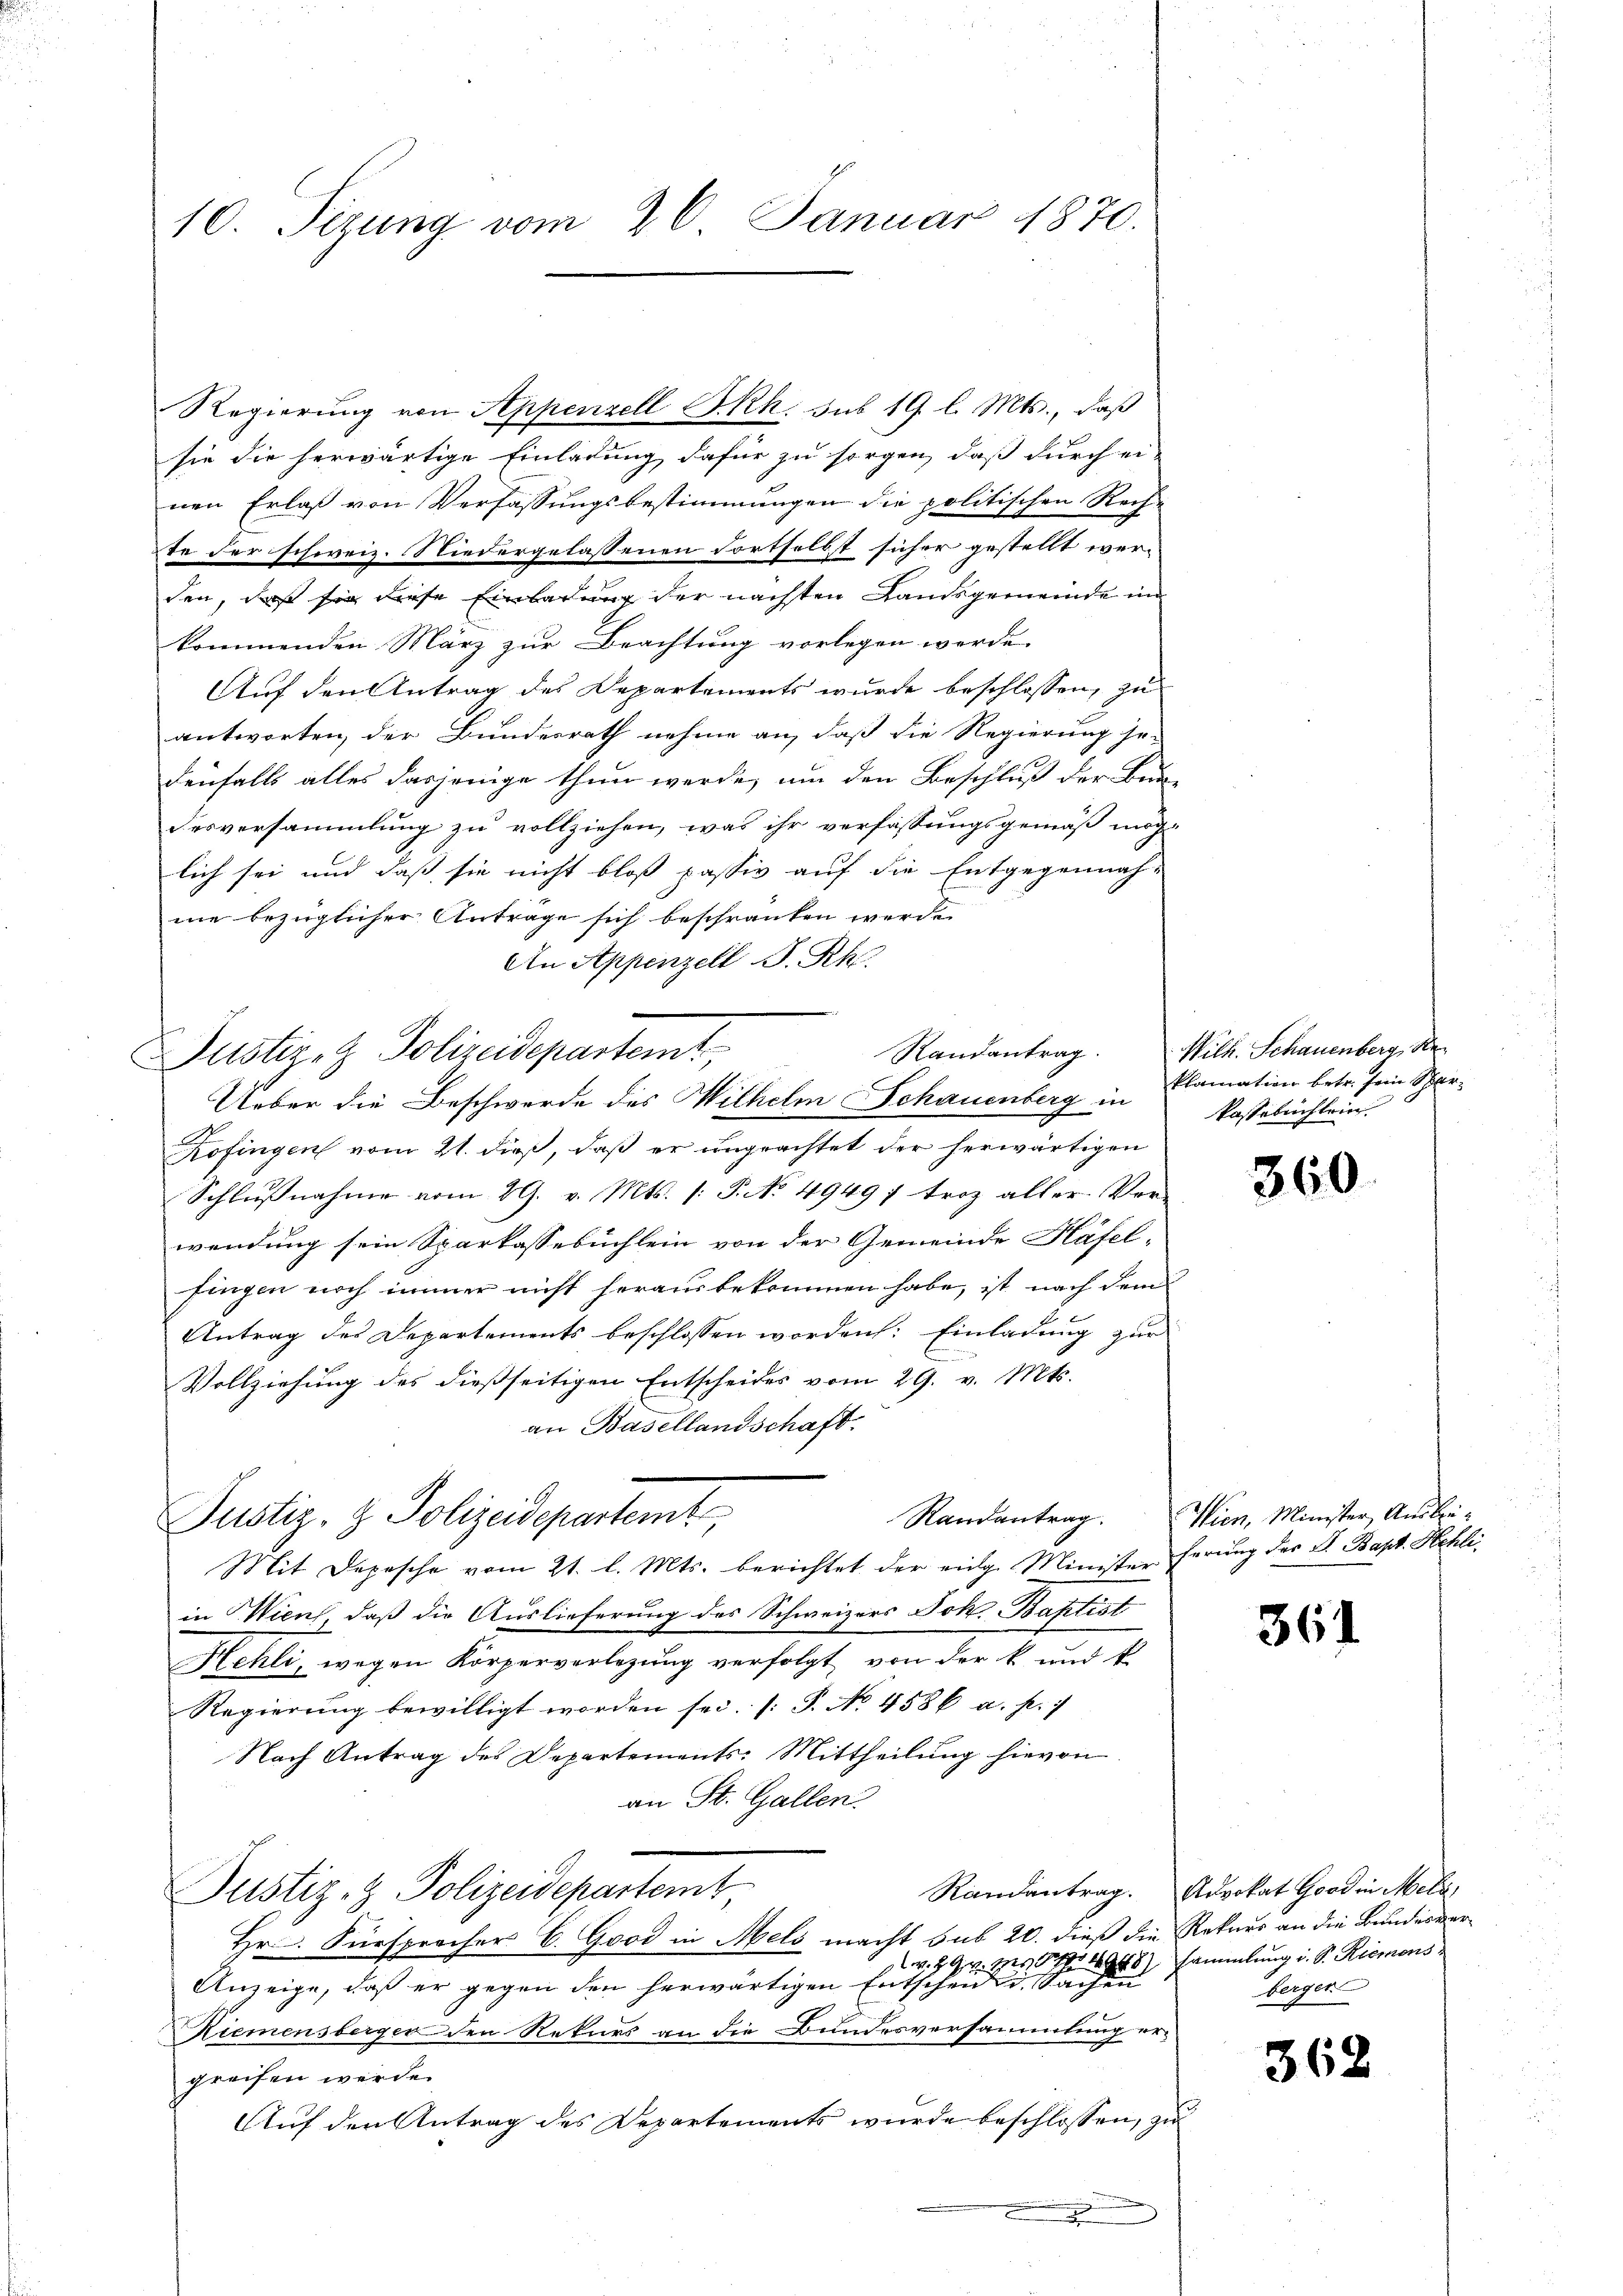
10. Tizung vom 26. Januar 1870.

sie die herwärtige Einladung dafür zu sorgen, daß durch ei-
nen Erlaß von Verfassungsbestimmungen die politischen Rech-
te der schweiz. Niedergelassenen Fortselbst sicher gestellt wer-
den, daß sie diese Einladung der nächsten Landsgemeinde un
kommenden März zur Beachtung vorlegen werde.
Auf den Antrag des Departements wurde beschlossen, zu
antworten, der Bundesrath nehme an, daß die Regierung je-
denfalls alles dasjenige thun werde, um den Beschluß der Bun-
desversammlung zu vollziehen, was ihr verfassungsgemäß mög-
lich sei und daß sie nicht bloß passiv auf die Entgegennah-
me bezüglicher Antrage sich beschränken werde.
An Appenzell S. Rh.
Kofingen vom 21. dieß, daß er ungeachtet der herwärtigen
Schlußnahme vom 29. v. Mts. (: P. No 4949 f troz aller. Vor-
wendung sein Sparkassebuchlein von der Gemeinde Häfel-
fingen noch immer nicht herausbekommen habe, ist nach dem
Antrag des Departements beschlossen worden: Einladung zur
Vollziehung des dießseitigen Entscheides vom 29. v. Mts.
an Basellandschaft.
Justiz- & Polizeidepartemt
Mit Depesche vom 21. l. Mts. berichtet der eige Ministerferung der S. Bapt. Hehli,
in Wien, daß die Auslieferung des Schweizers Joh. Baptist
Hehli, wegen Körperverlegung verfolgt von der k. und k
Regierung bewilligt worden sei. (T. No 458 6 a. p. 1
Nach Antrag des Departements-Mittheilŭng hievon
an St. Gallen.
Justiz- & Polizeidepartemt
Hr. Fürsprecher C. Good in Mels macht sub 20. dieß die Rekurs an die Bundesver¬
.H. Ge
Anzeige, daß er gegen den herwärtigen Entscheide Sachen
Riemensberger den Rekurs an die Bundesversammlung ergreifen werde.
Auf den Antrag des Departements wurde beschlossen, zu
.

Regierung von Appenzell BRh. sub 19. l. Mts., daß

Randantrag.
Justiz- & Polizeidepartemt,
Ueber die Beschwerde des Wilhelm Schauenberg in

Wilh. Schauenberg, Reklamation betr. sein Sparkassebuchlein

360

Randantrag. Wien, Minister Ausbei¬

361

Randantrag. Advokat Goodin Melz,
Nro 4248) sammlung i. S. Riemons
berger

362